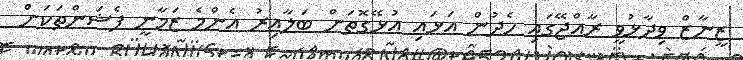
ޒީނާޒް ވިދާޅުވީ ރާއްޖޭގައި ހެދުން އަޅައި އުޅޭގޮތަށް ބަލާއިރު އެންމެ ޒަމާނީ ފެޝަންތަކަށް